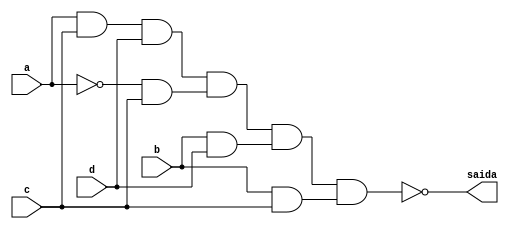
//NOME: Henrique Carvalho Parreira

module metodoreduzirquinenand ( saida,a,b,c,d );

output saida;
input a,b,c,d;
wire temp1,temp2,temp3,temp4,temp5,temp6,temp7,temp8,temp9,temp10;

nand NAND1 (temp1,c,c);
nand NAND2 (temp2,a,c,d);
nand NAND3 (temp10,temp2,temp2);
nand NAND4 (temp3,a,a);
nand NAND5 (temp4,temp3,c);
nand NAND6 (temp5,temp4,temp4);
nand NAND7 (temp6,b,d);
nand NAND8 (temp7,temp6,temp6);
nand NAND9 (temp8,b,c);
nand NAND10 (temp9,temp8,temp8);
nand NAND11 (saida,temp10,temp5,temp7,temp9);

endmodule

module testguia8;
reg a,b,c,d;
wire saida;

metodoreduzirquinenand  REDUZIRQUINENAND ( saida,a,b,c,d );

initial begin:start
        a=0; b=0; c=0; d=0;
end

initial begin: main
#1 $display (" Circuito do exercicio 04-guia8 com portas NAND'S ");
#1 $display (" a |  b |  c |  d  =  saida ");
  $monitor (" %b  | %b  | %b |  %b  =   %b ",a,b,c,d,saida);
           #1 a=0;    b=0;   c=0;   d=1;
			  #1 a=0;    b=0;   c=1;   d=0;
			  #1 a=0;    b=0;   c=1;   d=1;
			  #1 a=0;    b=1;   c=0;   d=0;
			  #1 a=0;    b=1;   c=0;   d=1;
			  #1 a=0;    b=1;   c=1;   d=0;
			  #1 a=0;    b=1;   c=1;   d=1;
			  #1 a=1;    b=0;   c=0;   d=0;
			  #1 a=1;    b=0;   c=0;   d=1;
			  #1 a=1;    b=0;   c=1;   d=0;
			  #1 a=1;    b=0;   c=1;   d=1;
			  #1 a=1;    b=1;   c=0;   d=0;
			  #1 a=1;    b=1;   c=0;   d=1;
			  #1 a=1;    b=1;   c=1;   d=0;
			  #1 a=1;    b=1;   c=1;   d=1;
			  
			  
			  
end
endmodule